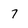
Character: 7